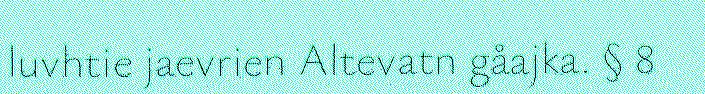
luvhtie jaevrien Altevatn gåajka. § 8